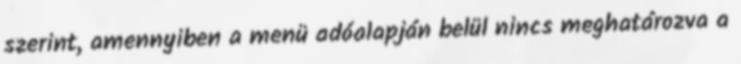
szerint, amennyiben a menü adóalapján belül nincs meghatározva a